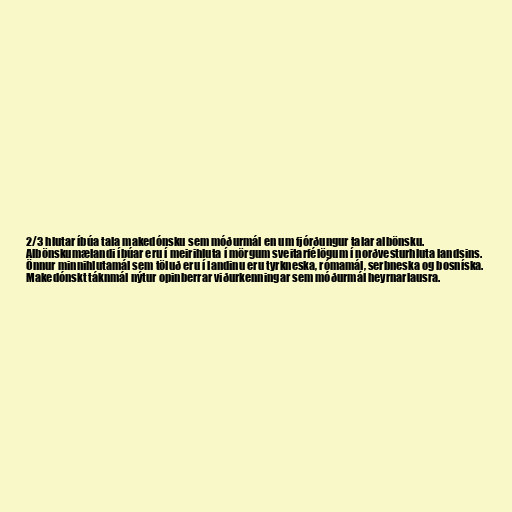
2/3 hlutar íbúa tala makedónsku sem móðurmál en um fjórðungur talar albönsku.
Albönskumælandi íbúar eru í meirihluta í mörgum sveitarfélögum í norðvesturhluta landsins.
Önnur minnihlutamál sem töluð eru í landinu eru tyrkneska, rómamál, serbneska og bosníska.
Makedónskt táknmál nýtur opinberrar viðurkenningar sem móðurmál heyrnarlausra.